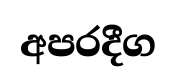
අපරදීග